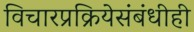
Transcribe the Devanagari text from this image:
विचारप्रक्रियेसंबंधीही